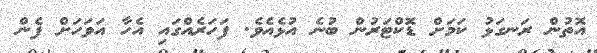
އޮތުން ރަނގަޅު ކަމަށް ޑޮކްޓަރުން ބުނެ އުޅެއެވެ. ފަހަރެއްގައި އެހާ އަވަހަށް ފެން